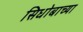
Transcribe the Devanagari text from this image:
सिधोबाच्या